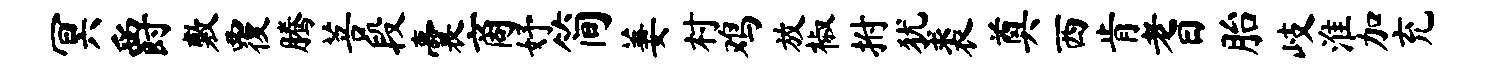
冥爵敷覆腾菩段囊商妤简萋村鸡放椒拊犹裘奠西肯耆胎岐淮加充